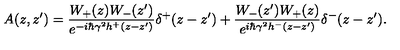
A ( z , z ^ { \prime } ) = \frac { W _ { + } ( z ) W _ { - } ( z ^ { \prime } ) } { e ^ { - i \hbar \gamma ^ { 2 } h ^ { + } ( z - z ^ { \prime } ) } } \delta ^ { + } ( z - z ^ { \prime } ) + \frac { W _ { - } ( z ^ { \prime } ) W _ { + } ( z ) } { e ^ { i \hbar \gamma ^ { 2 } h ^ { - } ( z - z ^ { \prime } ) } } \delta ^ { - } ( z - z ^ { \prime } ) .